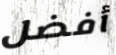
أفضل